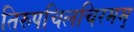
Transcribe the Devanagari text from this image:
तिरुपचिलचिरमम्